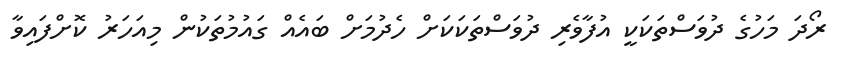
ރޯދަ މަހުގެ ދުވަސްތަކަކީ އުފާވެރި ދުވަސްތަކަކަށް ހެދުމަށް ބައެއް ގައުމުތަކުން މިއަހަރު ކޮށްފައިވާ